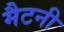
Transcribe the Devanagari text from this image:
मैटनी